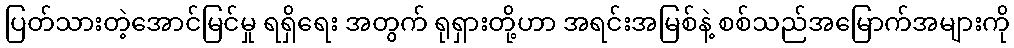
ပြတ်သားတဲ့အောင်မြင်မှု ရရှိရေး အတွက် ရုရှားတို့ဟာ အရင်းအမြစ်နဲ့ စစ်သည်အမြောက်အများကို